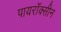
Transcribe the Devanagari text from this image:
पायरॉक्सीन